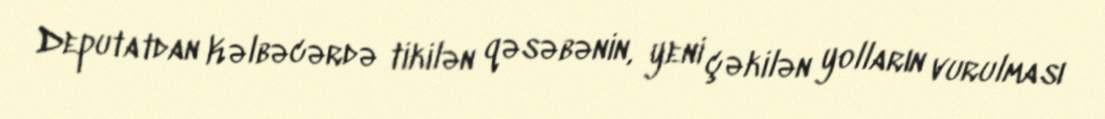
Deputatdan Kəlbəcərdə tikilən qəsəbənin, yeni çəkilən yolların vurulması